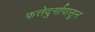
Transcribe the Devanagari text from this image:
फत्तेदुर्गापासून